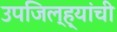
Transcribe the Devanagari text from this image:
उपजिल्ह्यांची